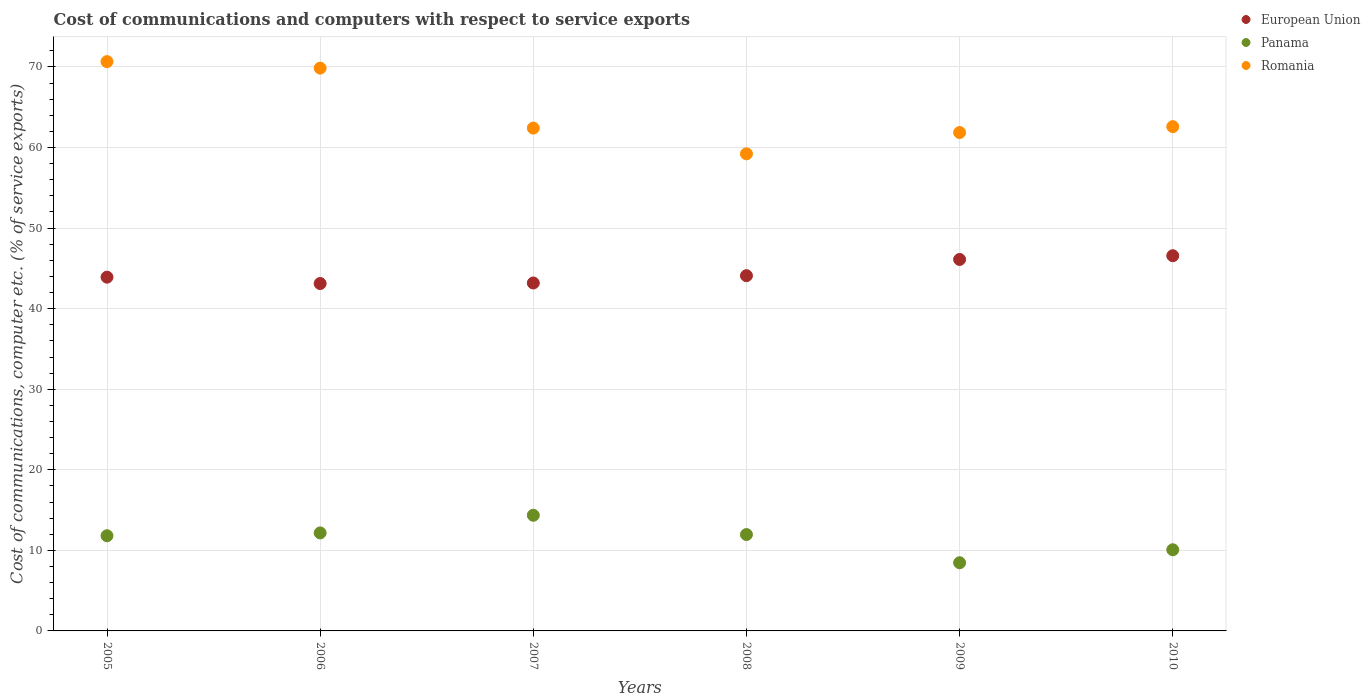
| Years | European Union | Panama | Romania |
 | --- | --- | --- | --- |
 | 2005 | 43.9 | 11.8 | 70.7 |
 | 2006 | 43.1 | 12.2 | 69.9 |
 | 2007 | 43.2 | 14.4 | 62.4 |
 | 2008 | 44.1 | 12 | 59.2 |
 | 2009 | 46.1 | 8.46 | 61.9 |
 | 2010 | 46.6 | 10.1 | 62.6 |